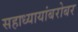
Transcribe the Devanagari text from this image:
सहाध्यायांबरोबर